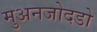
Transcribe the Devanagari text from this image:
मुअनजोदडो